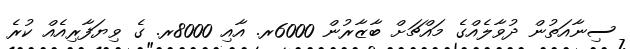
ސިނާއަތުން ދުވާލެއްގެ މައްޗަށް ބާޒާރުން 6000ރ. އާއި 8000ރ. ގެ ވިޔަފާރިއެއް ކުރެ